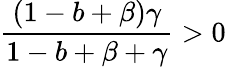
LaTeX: \frac{(1-b+\beta)\gamma}{1-b+\beta+\gamma}>0